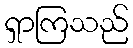
ရှာကြသည်